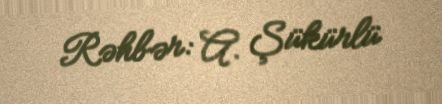
Rəhbər: A. Şükürlü